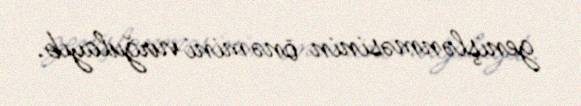
genişlənməsinin önəmini vurğulayıb.